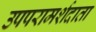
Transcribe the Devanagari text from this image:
उपपरामर्शदाता